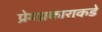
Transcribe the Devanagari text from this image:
प्रेमप्रकाराकडे